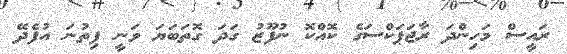
ރައީސް މަހިންދަ ރާޖަޕަކްސަގެ ކޮއްކޮ ނުފޫޒު ގަދަ ގޮތަބަޔަ ވަނީ ފިތުނަ އުފެދޭ